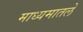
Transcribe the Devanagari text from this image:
माध्यमातले